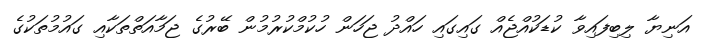
އަނިޔާ ލިބިފައިވާ ކުޑަކުއްޖެއް ގައިގައި ހައްދު ޖަހަން ހުކުމްކުރުމުން ބޭރުގެ ޖަމާއަތްތަކާއި ގައުމުތަކުގެ